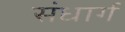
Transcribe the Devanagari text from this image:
संधार्ग